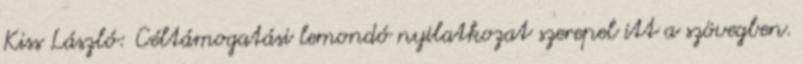
Kiss László: Céltámogatási lemondó nyilatkozat szerepel itt a szövegben.